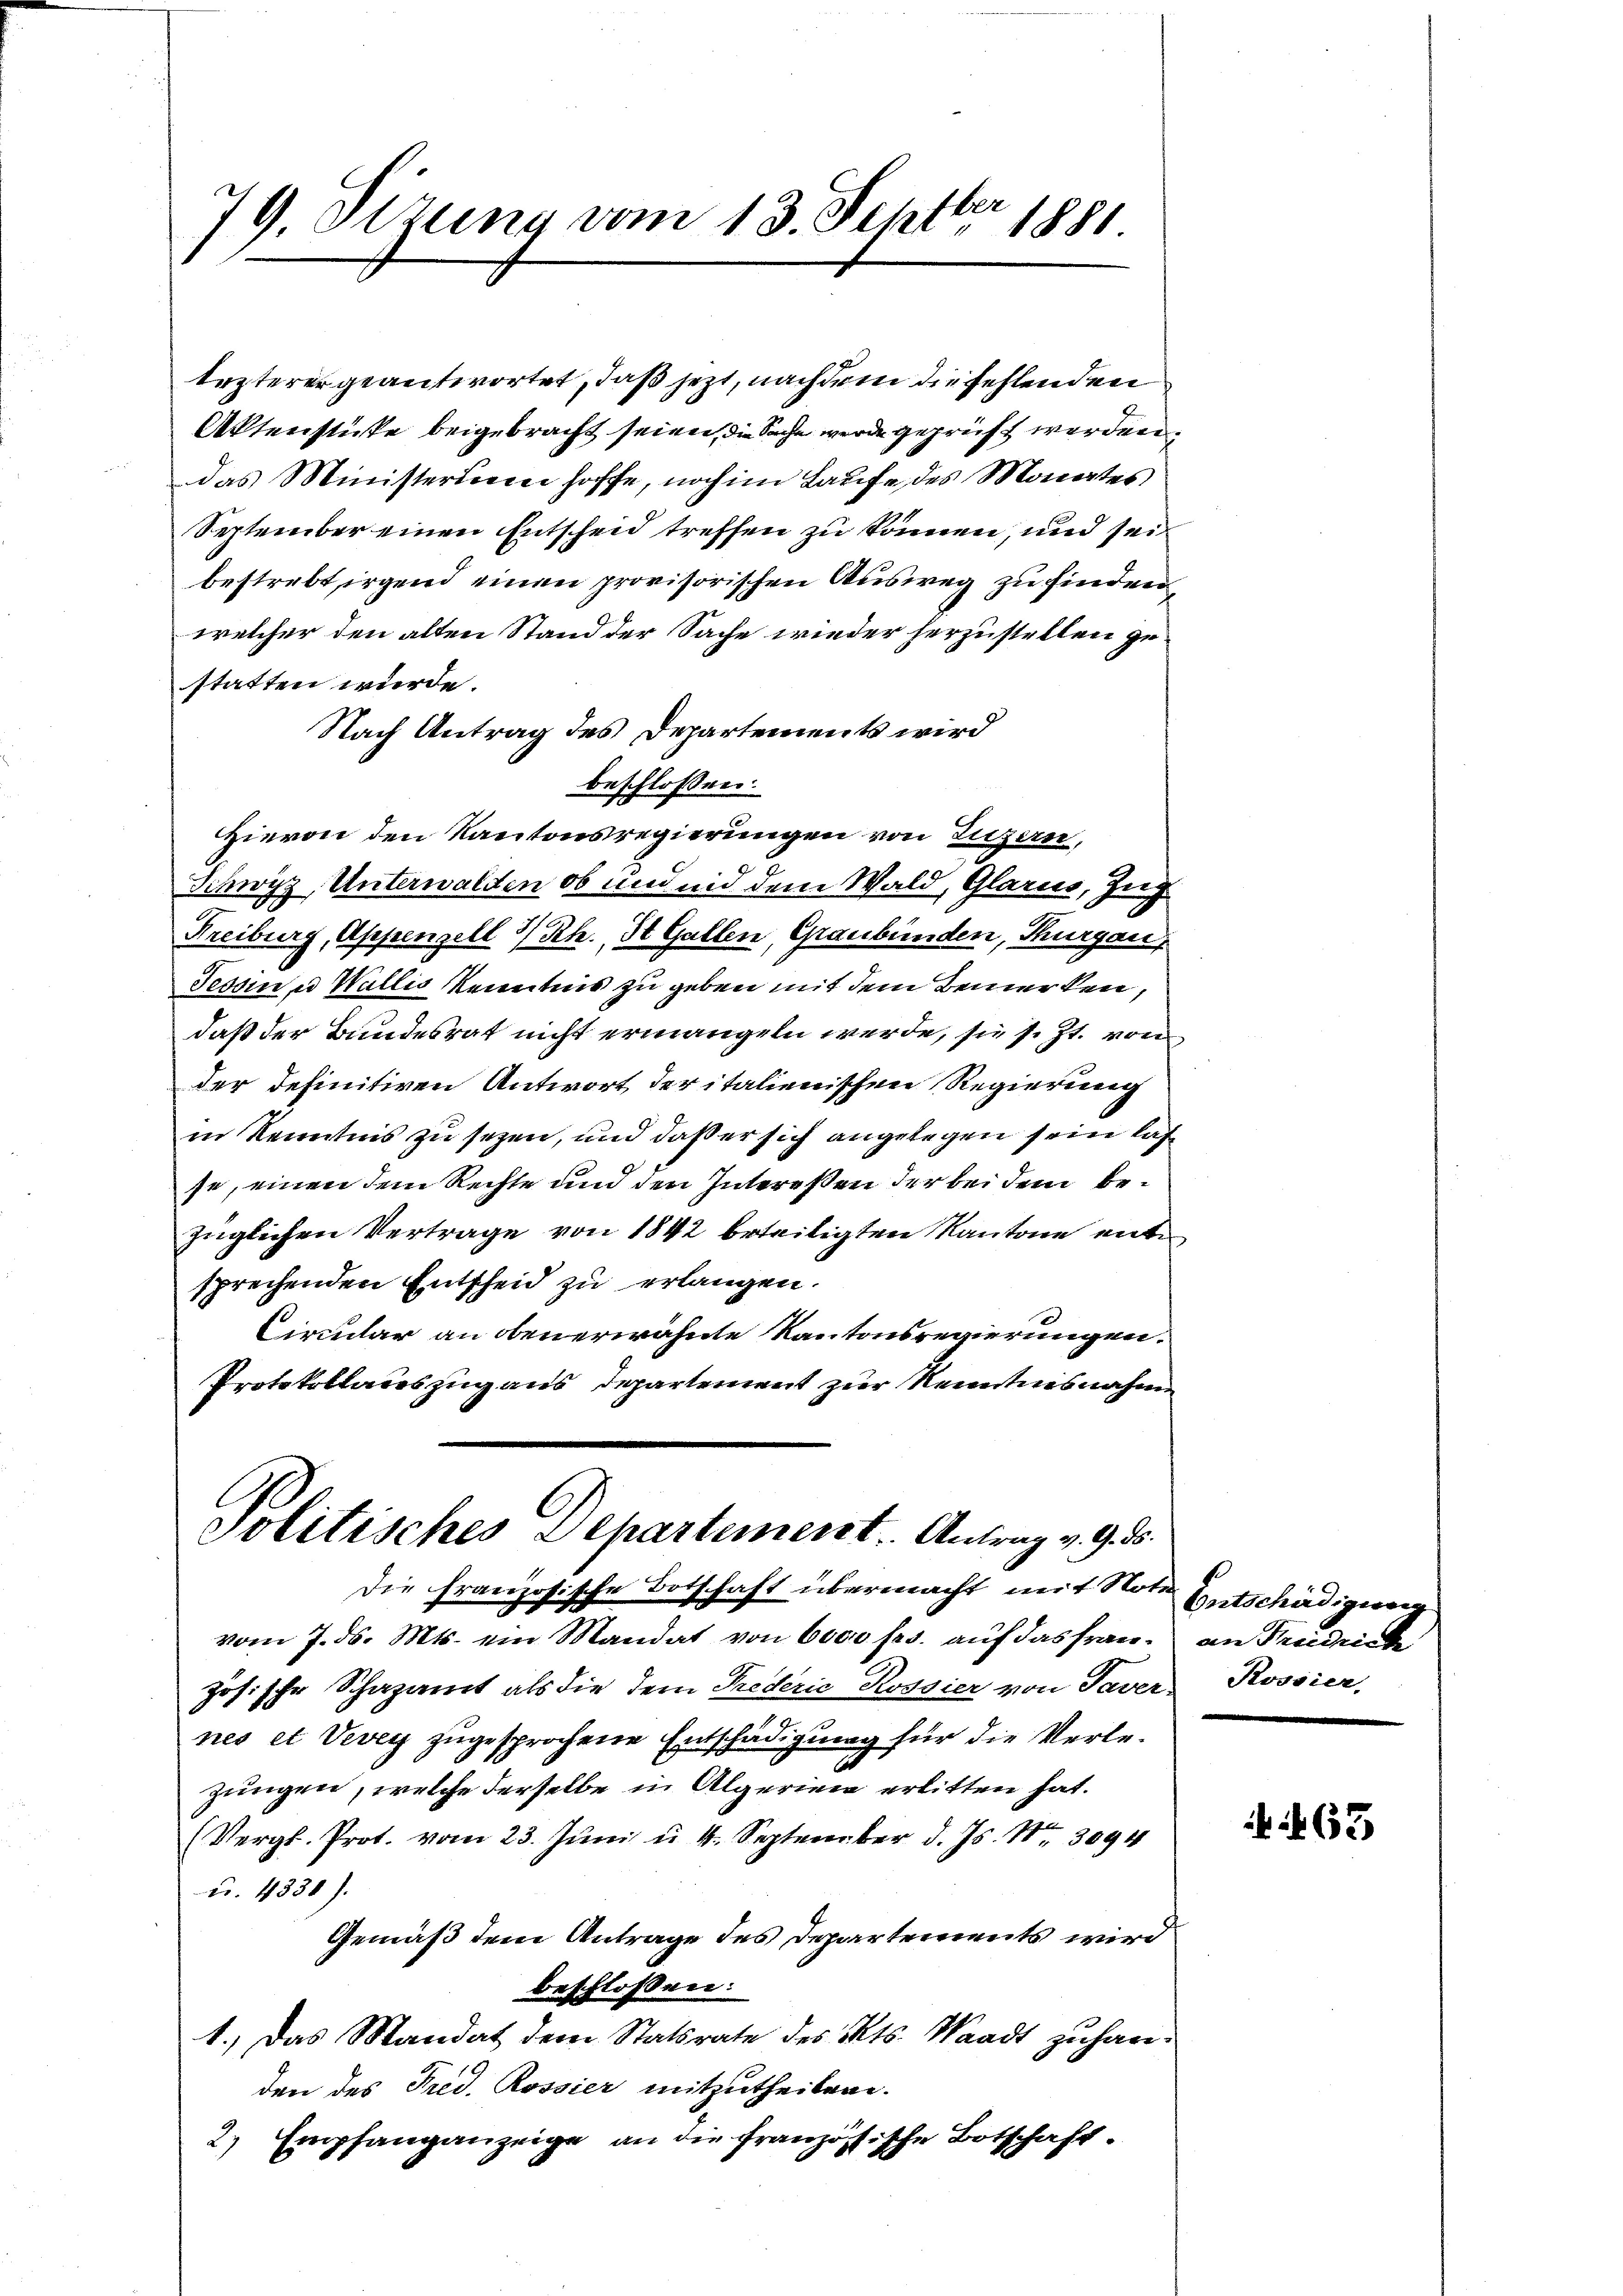
79. Setzung vom 13. Septbr. 1881.

lezterer geantwortet, daß jetzt, nachdem die fehlenden
Aktenstücke beigebracht seien, die Sache wurde geprüft werden.
das Ministerium hoffe, noch im Laufe des Monates
September einen Entscheid treffen zu können, und sei
bestrebt irgend einen provisorischen Ausweg zu finden,
welcher den alten Stand der Sache wieder herzustellen gestatten würde.
Nach Antrag des Departements wird
beschlossen:
Hievon den Kantonsregierungen von Luzern,
Schwyz, Unterwalden ob und und dem Wald, Glarus, Zug
Freiburg, Appenzell I/Rh., St. Gallen, Graubünden, Thurgau,
Tessin u Wallis kenntnis zu geben mit dem Bemerken,
daß der Bundesrat nicht ermangeln werde, sie s. Zt. von
der definitiven Antwort der italienischen Regierung
in Kenntnis zu sezen, und daß er sich angelegen sein lasse, einen dem Rechte um den Intereßen der bei dem bezüglichen Vertrage von 1842 beteiligten Kantone enten
sprechenden Entscheid zu erlangen.
Circular an obenerwähnte Kantonsregierungen.
Protokollauszug aus Departement zur Kenntnisnahme

Politisches Departement. Antrag v. 9. ds.

Die Französische Botschaft übermacht mit Note Entschädigung
vom 7. ds. Mts. ein Mandat von 6000 frs. auf das Frau, an Friedricke
zösische Schazamt als die dem Prederie Rossier von Taver Rossier,
nes et Vevey zugesprochene Entschädigung für die Verlezungen, welche derselbe in Algerien erlitten hat.
(Vergl. Prot. vom 23. Juni u. 4. September d. Js. Nr. 3094
u. 4331).
Gemäß dem Antrage des Departements wird
beschlossen:
1.) Das Mandat dem Statsrate des Kts. Waadt zu handen des Frid. Rossier mitzutheilen.
2.) Empfang anzeige an die französische Botschaft.

463